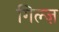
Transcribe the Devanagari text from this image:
गिल्ज़